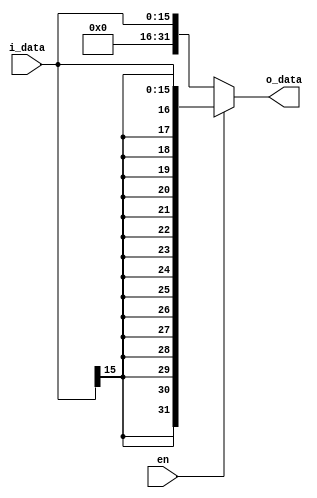
module signExtend(
	input  [15:0] i_data,
	input 		  en, 
	output [31:0] o_data
	);

assign o_data = en ? {{16{i_data[15]}}, i_data} : {16'b0,i_data};

endmodule